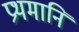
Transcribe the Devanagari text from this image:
प्रथमानि